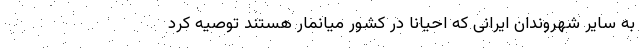
به سایر شهروندان ایرانی که احیانا در کشور میانمار هستند توصیه کرد